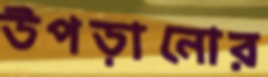
উপড়ানোর